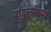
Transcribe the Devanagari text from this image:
वांद्त्‍याच्या